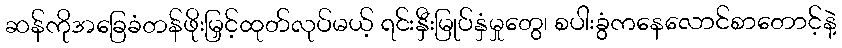
ဆန်ကိုအခြေခံတန်ဖိုးမြှင့်ထုတ်လုပ်မယ့် ရင်းနှီးမြုပ်နှံမှုတွေ၊ စပါးခွံကနေလောင်စာတောင့်နဲ့